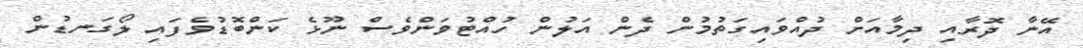
އޭނާ ދޮރާއި ދިމާއަށް ދުއްވައިގަތުމުން ދެން އަލުން ހުއްޓުވަންވެސް ނޫޅެ ކަންބޮޑުވެފައި ލޯގަނޑުން